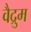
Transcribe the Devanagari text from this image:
वैद्रुम